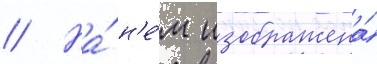
// На́ н'е́м изображена́